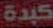
كبدة